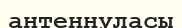
антеннуласы